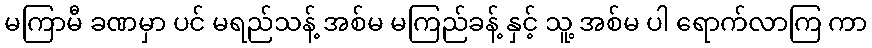
မကြာမီ ခဏမှာ ပင် မရည်သန့် အစ်မ မကြည်ခန့် နှင့် သူ့ အစ်မ ပါ ရောက်လာကြ ကာ